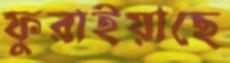
ফুরাইয়াছে